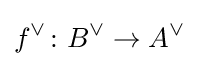
f^{\vee }\colon B^{\vee }\to A^{\vee }